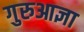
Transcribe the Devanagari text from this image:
गुरुआज्ञा